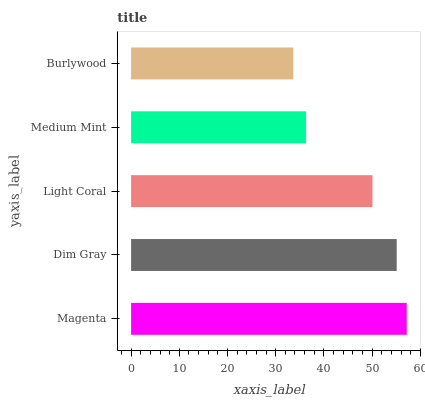
| yaxis_label | bars |
 | --- | --- |
 | Magenta | 57.2 |
 | Dim Gray | 55.1 |
 | Light Coral | 50.1 |
 | Medium Mint | 36.3 |
 | Burlywood | 33.7 |